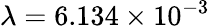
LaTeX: \lambda=6.134\times 10^{-3}